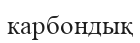
карбондық